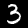
Digit: 3